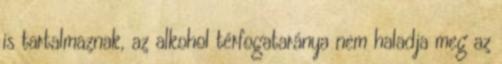
is tartalmaznak, az alkohol térfogataránya nem haladja meg az